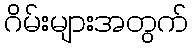
ဂိမ်းများအတွက်